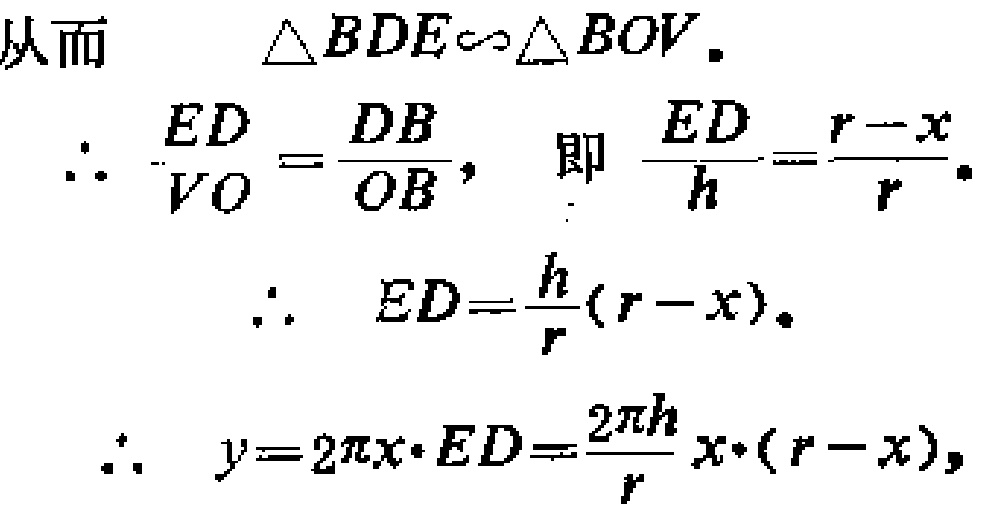
从而 $\triangle BDE\sim\triangle BOV.$
\[\begin{align*}
&\therefore \frac{ED}{VO}=\frac{DB}{OB},\text{ 即 }\frac{ED}{h}=\frac{r - x}{r}.\\
&\therefore ED=\frac{h}{r}(r - x).\\
&\therefore y = 2\pi x\cdot ED=\frac{2\pi h}{r}x\cdot(r - x),
\end{align*}\]